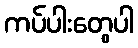
ကပ်ပါးတွေပါ